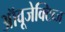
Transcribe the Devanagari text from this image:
ऑवूजेक्टिव्ज